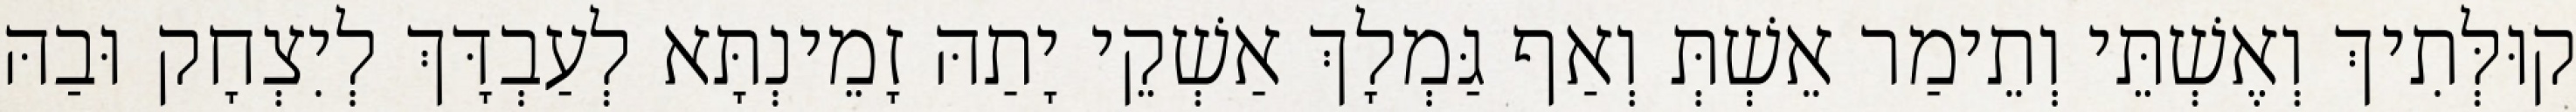
קוּלְּתִיךְ וְאֶשְׁתֵּי וְתֵימַר אֵשְׁתְּ וְאַף גַּמְלָךְ אַשְׁקֵי יָתַהּ זָמֵינְתָּא לְעַבְדָּךְ לְיִצְחָק וּבַהּ